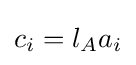
c_{i}=l_{A}a_{i}